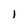
Character: l